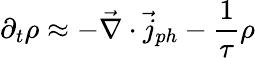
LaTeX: \partial_{t}\rho\approx-\vec{\nabla}\cdot\vec{j}_{ph}-\frac{1}{\tau}\rho